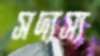
সদ্যস্য